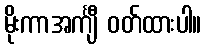
မိုးကာအင်္ကျီ ဝတ်ထားပါ။